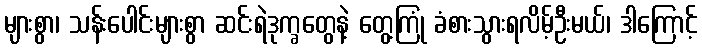
များစွာ၊ သန်းပေါင်းများစွာ ဆင်းရဲဒုက္ခတွေနဲ့ တွေ့ကြုံ ခံစားသွားရလိမ့်ဦးမယ်၊ ဒါကြောင့်